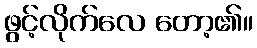
ဖွင့်လိုက်လေ တော့၏။